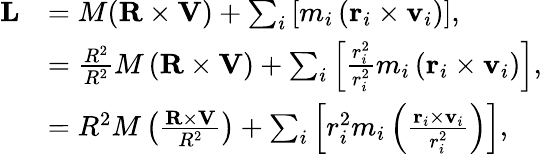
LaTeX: {\begin{array}{rl}{\mathbf{L}}&{=M(\mathbf{R}\times\mathbf{V})+\sum_{i}\left[m_{i}\left(\mathbf{r}_{i}\times\mathbf{v}_{i}\right)\right],}\\ &{={\frac{R^{2}}{R^{2}}}M\left(\mathbf{R}\times\mathbf{V}\right)+\sum_{i}\left[{\frac{r_{i}^{2}}{r_{i}^{2}}}m_{i}\left(\mathbf{r}_{i}\times\mathbf{v}_{i}\right)\right],}\\ &{=R^{2}M\left({\frac{\mathbf{R}\times\mathbf{V}}{R^{2}}}\right)+\sum_{i}\left[r_{i}^{2}m_{i}\left({\frac{\mathbf{r}_{i}\times\mathbf{v}_{i}}{r_{i}^{2}}}\right)\right],}\end{array}}